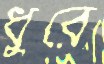
ধুরে